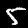
Digit: 5